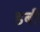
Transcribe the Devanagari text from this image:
डबी